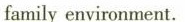
family environment.